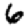
Digit: 6